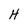
Character: H